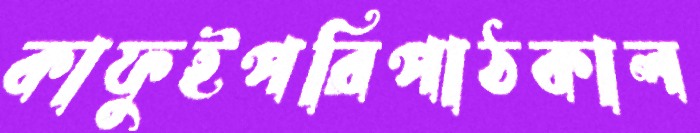
কাফুইপরিপাঠকাল